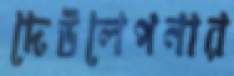
দেউলেপনার